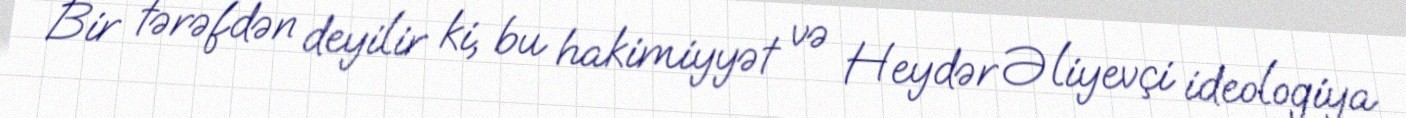
Bir tərəfdən deyilir ki, bu hakimiyyət və Heydər Əliyevçi ideologiya